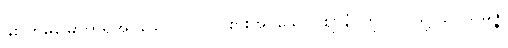
နှစ်ကြိမ်မြောက်ရအပ်သော။ ဝါ၊ ဝင်စားအပ်သော။ ဈာနံ၊ ကို။ ဝါ၊ သို့။ ဥပသမ္ပဇ္ဇ၊